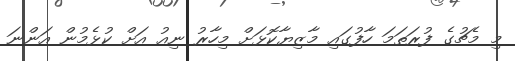
މި މެޗުގެ ފުރަތަމަ ހާފުގައި މާޒިޔާކޮޅަށް މިހާރު ނިއު އަށް ކުޅެމުން އަންނަ